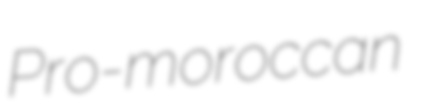
Pro-moroccan